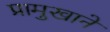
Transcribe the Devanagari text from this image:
प्रामुखाने